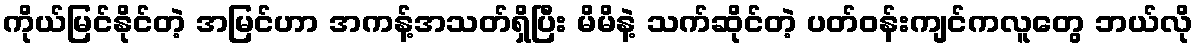
ကိုယ်မြင်နိုင်တဲ့ အမြင်ဟာ အကန့်အသတ်ရှိပြီး မိမိနဲ့ သက်ဆိုင်တဲ့ ပတ်ဝန်းကျင်ကလူတွေ ဘယ်လို